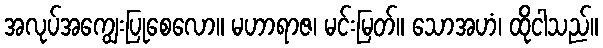
အလုပ်အကျွေးပြုစေလော။ မဟာရာဇ၊ မင်းမြတ်။ သောအဟံ၊ ထိုငါသည်။